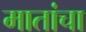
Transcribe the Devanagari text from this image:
मातांचा